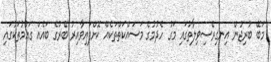
މަބޭ ބުރިޖުން އިނގިރޭސިވިލާތުގައި މަގު ހެދުމުގެ މަސައްކަތްތަކެއް ކޮށްފައިވާއިރު ބޭރުގެ ބައެއް ގައުމުތަކުގައި